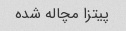
پیتزا مچاله شده